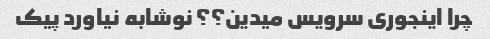
چرا اینجوری سرویس میدین؟؟ نوشابه نیاورد پیک